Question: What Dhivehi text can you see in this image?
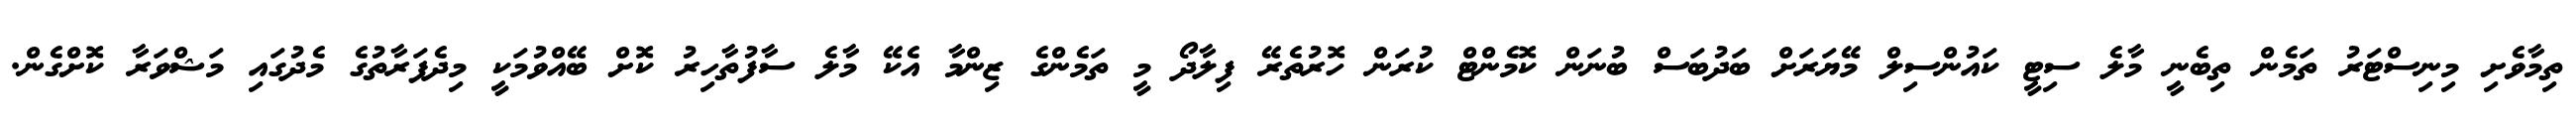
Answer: ތިމާވެށި މިނިސްޓަރު ތަމެން ތިބެނީ މާލެ ސިޓީ ކައުންސިލް މޭޔަރަށް ބަދުބަސް ބުނަން ކޮމެންޓް ކުރަން ހޮރުތެރޭ ފިލާދޯ މީ ތަމެންގެ ޒިންމާ އެކޭ މާލެ ސާފުތާހިރު ކޮށް ބޭއްވުމަކީ މިދެފަރާތުގެ މެދުގައި މަޝްވަރާ ކޮށްގެން.